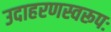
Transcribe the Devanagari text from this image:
उदाहरणस्वरूपः